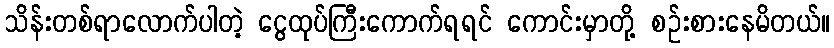
သိန်းတစ်ရာလောက်ပါတဲ့ ငွေထုပ်ကြီးကောက်ရရင် ကောင်းမှာတို့ စဉ်းစားနေမိတယ်။